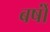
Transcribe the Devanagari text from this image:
बर्षोंं